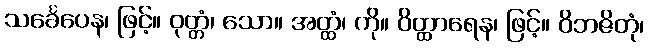
သင်္ခေပေန၊ ဖြင့်။ ဝုတ္တံ၊ သော။ အတ္ထံ၊ ကို။ ဝိတ္ထာရေန၊ ဖြင့်။ ဝိဘဇိတုံ၊